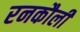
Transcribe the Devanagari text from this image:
रनकौली